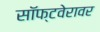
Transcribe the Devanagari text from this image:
सॉफ्टवेरावर